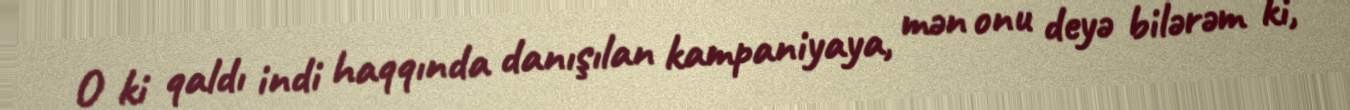
O ki qaldı indi haqqında danışılan kampaniyaya, mən onu deyə bilərəm ki,